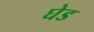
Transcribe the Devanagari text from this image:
घेड